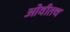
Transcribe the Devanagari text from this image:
ओवीतच